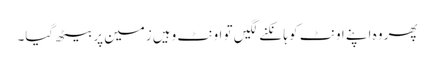
پھر وہ اپنے اونٹ کو ہانکنے لگیں تو اونٹ وہیں زمین پر بیٹھ گیا۔